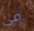
فى